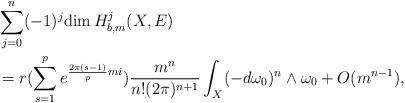
LaTeX: \begin{align*} &\sum^n_{j=0}(-1)^j\mathrm{dim\,}H^j_{b,m}(X,E) \\&=r(\sum^{p}_{s=1}e^{\frac{2\pi(s-1)}{p}mi})\frac{m^{n}}{n!(2\pi)^{n+1}}\int_X(-d\omega_0)^n\wedge\omega_0+O(m^{n-1}),\end{align*}